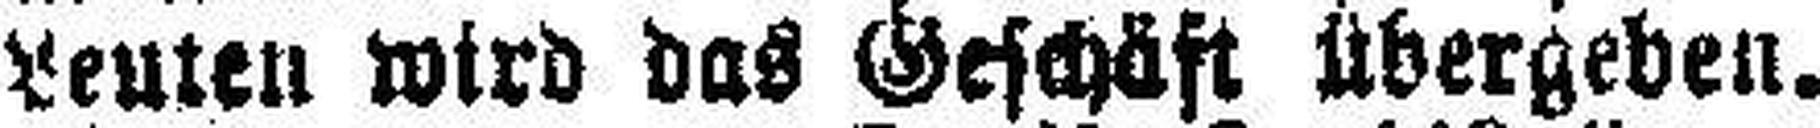
Leuten wird das Geschäft übergeben.